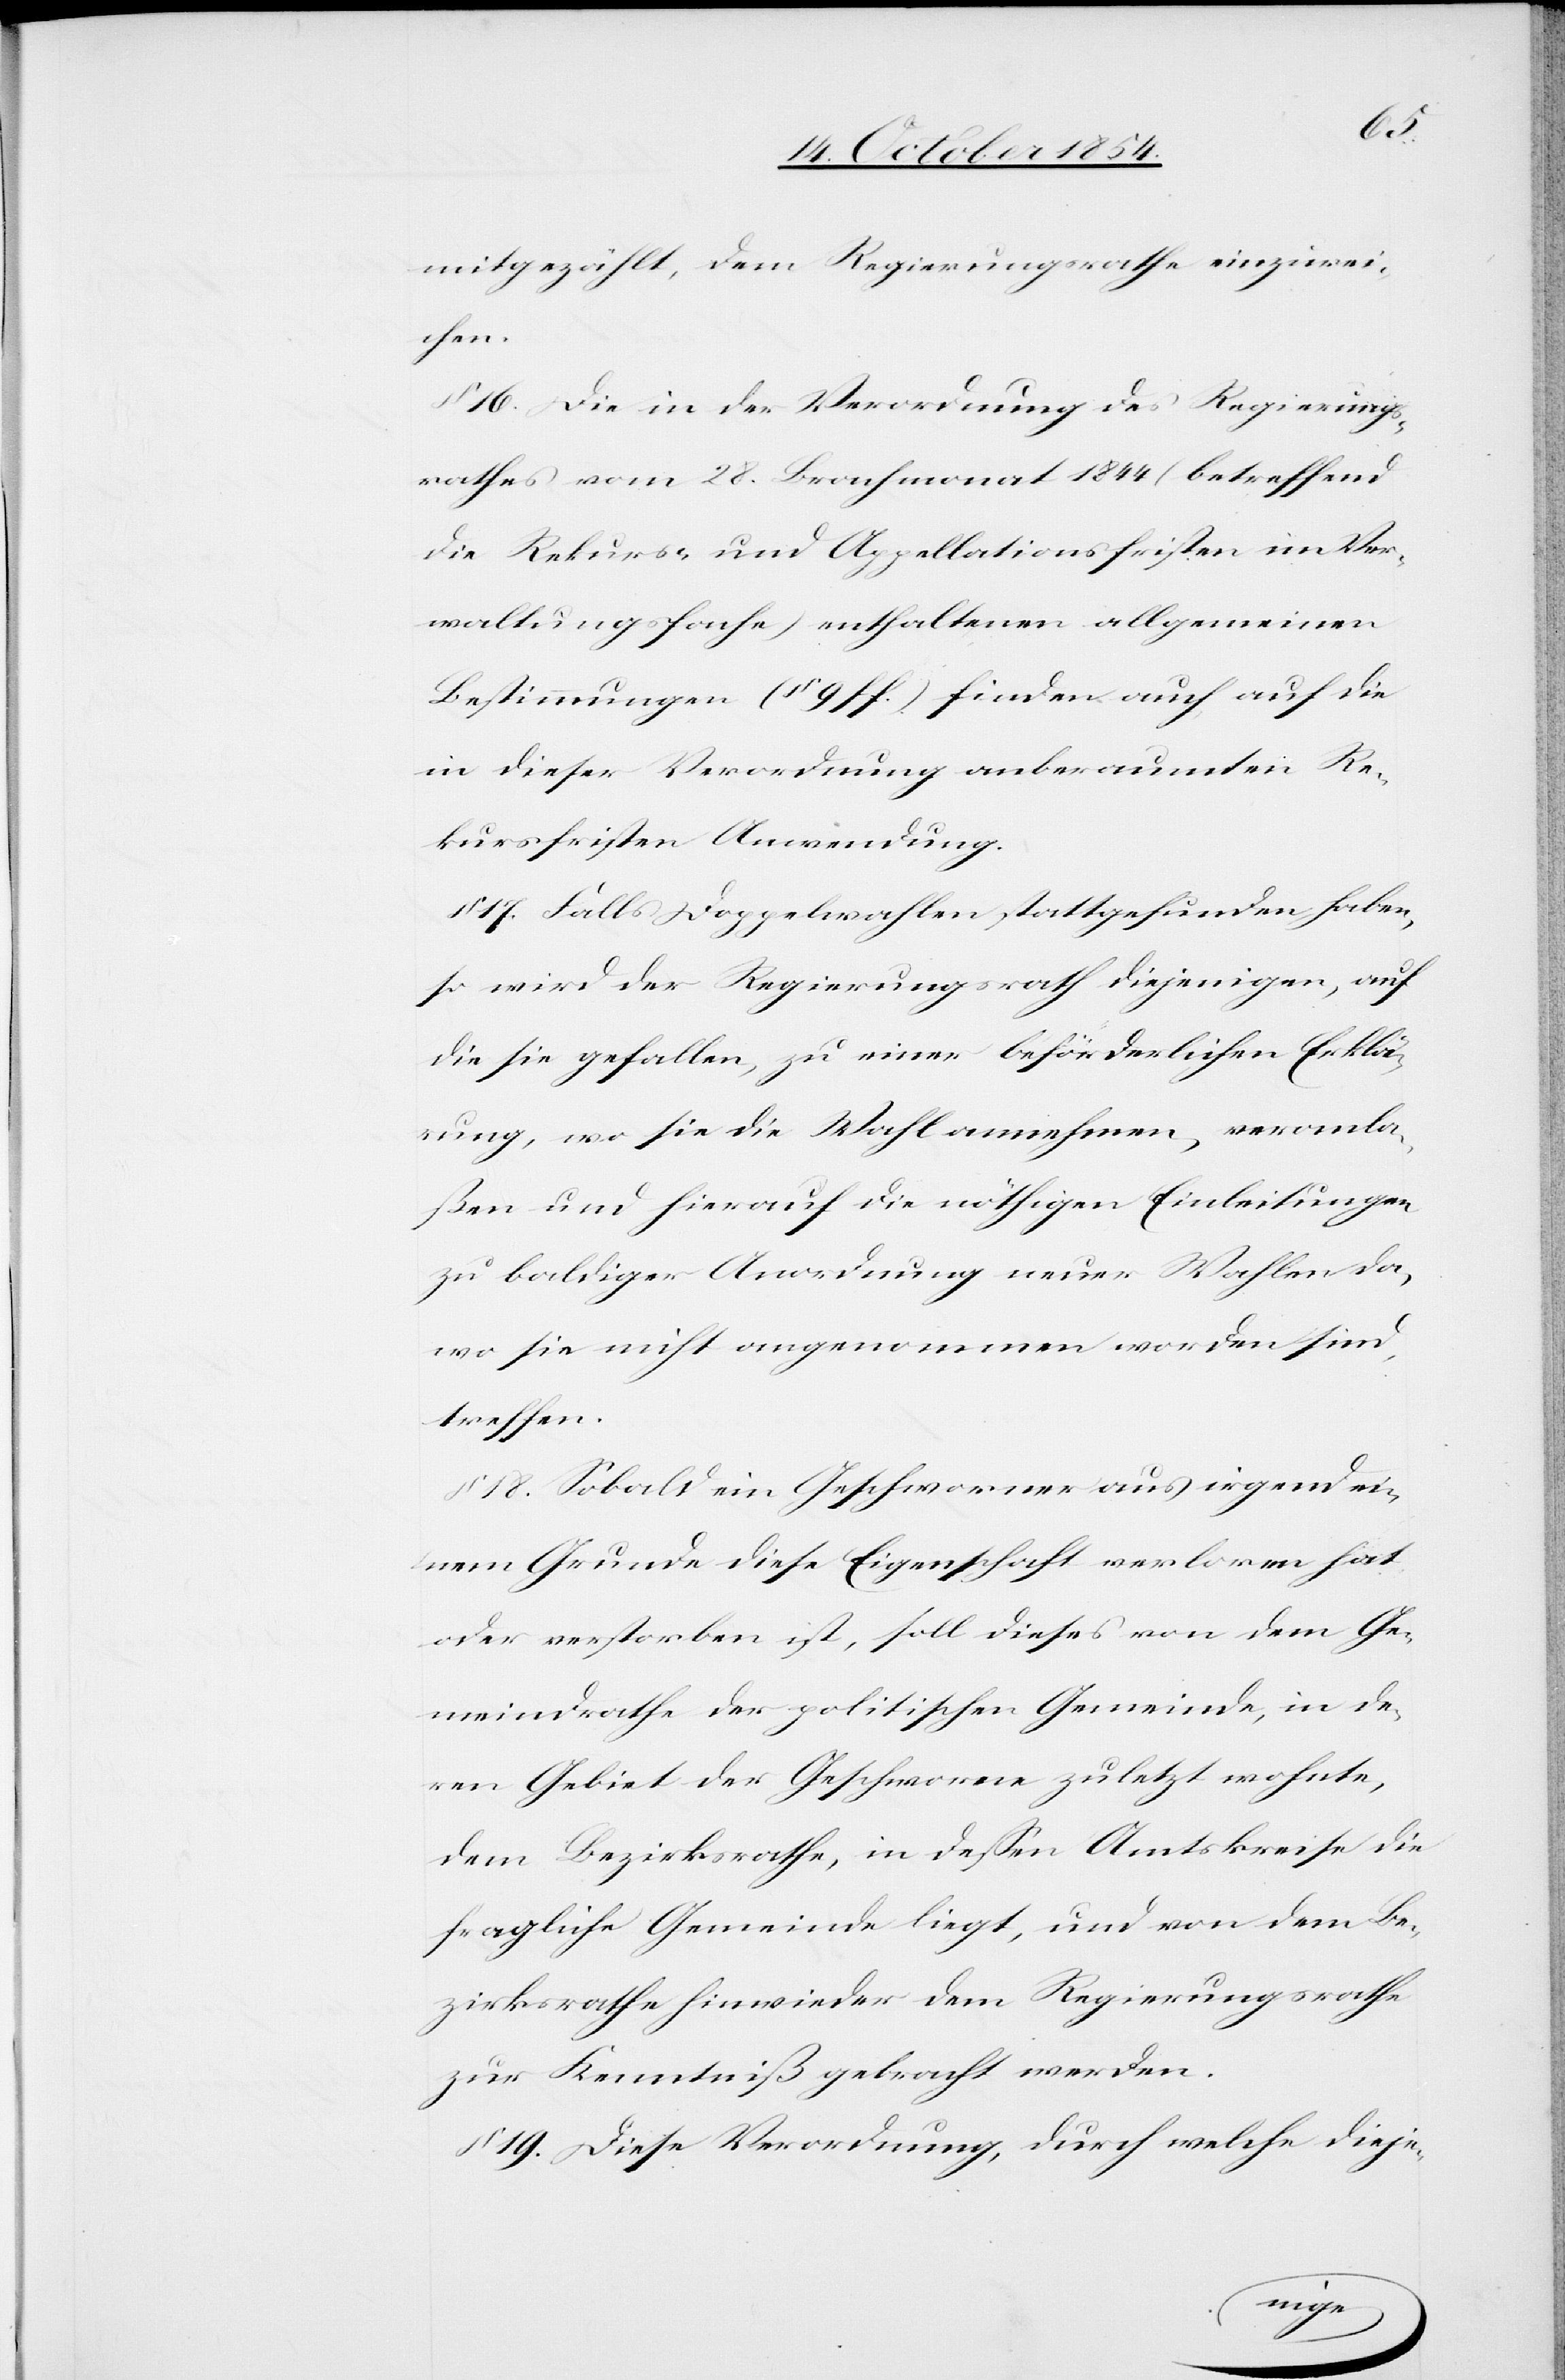
mitgezählt, dem Regierungsrathe einzurei¬
chen.
§ 16. Die in der Verordnung des Regierungs¬
rathes vom 28. Brachmonat 1844 (betreffend
die Rekurs- und Appellationsfristen im Ver¬
waltungsfache) enthaltenen allgemeinen
Bestimmungen (§ 9 ff.) finden auch auf die
in dieser Verordnung anberaumten Re¬
kursfristen Anwendung.
§ 17. Falls Doppelwahlen stattgefunden haben,
so wird der Regierungsrath diejenigen, auf
die sie gefallen, zu einer beförderlichen Erklä¬
rung, wo sie die Wahl annehmen, veranla¬
ßen und hierauf die nöthigen Einleitungen
zu baldiger Anordnung neuer Wahlen da,
wo sie nicht angenommen worden sind,
treffen.
§ 18. Sobald ein Geschworner aus irgend ei¬
nem Grunde diese Eigenschaft verloren hat,
oder verstorben ist, soll dieses von dem Ge¬
meindrathe der politischen Gemeinde, in de¬
ren Gebiet der Geschworne zuletzt wohnte,
dem Bezirksrathe, in deßen Amtskreise die
fragliche Gemeinde liegt, und von dem Be¬
zirksrathe hinwieder dem Regierungsrathe
zur Kenntniß gebracht werden.
§ 19. Diese Verordnung, durch welche dieje-